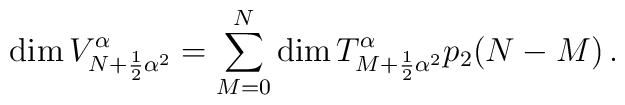
\mbox{dim} \, V^{\alpha}_{N+\frac{1}{2}{\alpha}^2}= \sum_{M=0}^{N}   \mbox{dim} \, T^{\alpha}_{M+\frac{1}{2}{\alpha}^2}p_2(N-M)\,.